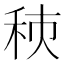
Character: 𥞗